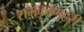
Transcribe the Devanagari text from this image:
रामकृष्णहरी